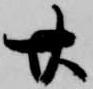
廿